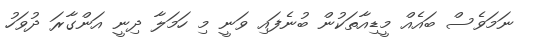
ނަމަވެސް ބައެއް މީޑިއާތަކުން ބުނެފައި ވަނީ މި ހަމަލާ ދިނީ އަންގާރަ ދުވަހު